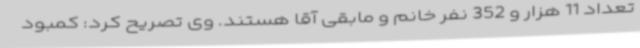
تعداد 11 هزار و 352 نفر خانم و مابقی آقا هستند. وی تصریح کرد: کمبود